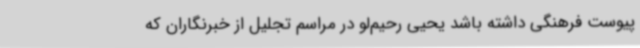
پیوست فرهنگی داشته باشد یحیی رحیم‌لو در مراسم تجلیل از خبرنگاران که